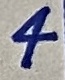
Text: 4